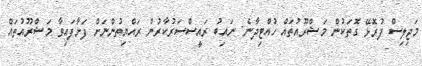
މަޖިލިސް ފުރޮޅޭ ގޮތަކުން މަޝްރޫއުތައް ހުއްޓިދާނެ: ނައިބު ރައީސްސަރުކާރުން ރައްޔިތުންނަށް ފަށާފައިވާ މަޝްރޫއުތައް